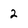
Character: 2